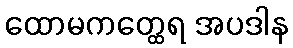
ထောမကတ္ထေရ အပဒါန